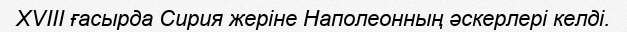
XVIII ғасырда Сирия жеріне Наполеонның әскерлері келді.